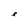
Character: e